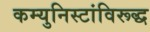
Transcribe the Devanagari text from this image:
कम्युनिस्टांविरूद्ध